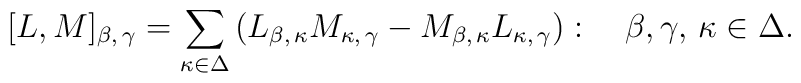
[L,M]_{\beta,\,\gamma}   =\sum_{\kappa\in\Delta}\left(L_{\beta,\,\kappa}   M_{\kappa,\,\gamma}-M_{\beta,\,\kappa}   L_{\kappa,\,\gamma}\right):   \quad \beta, \gamma,\,\kappa\in\Delta.